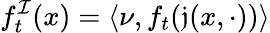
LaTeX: f_{t}^{\mathcal{I}}(x)=\langle\nu,f_{t}(\mathfrak{j}(x,\cdot))\rangle